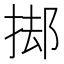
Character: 𭡊